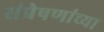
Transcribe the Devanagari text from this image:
संप्रेषणांच्या